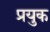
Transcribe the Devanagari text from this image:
प्रयुक